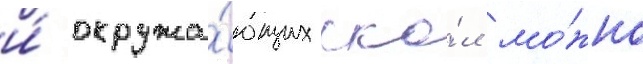
и́ окружа́ющих ска́л мо́жно